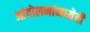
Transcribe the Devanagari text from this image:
आंदोलनांमध्येही